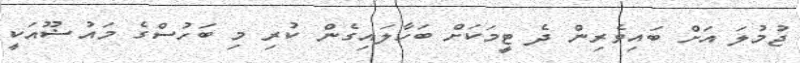
ޖުމުލަ އަށް ބައިވެރިން ދެ ޓީމަކަށް ބަހާލައިގެން ކުރި މި ބަހުސްގެ މައުޟޫއަކީ